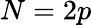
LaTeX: N=2p